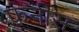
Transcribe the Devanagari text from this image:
फनीस